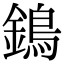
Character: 鵭